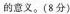
的意义。(8分)